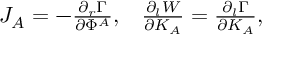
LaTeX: \begin{array} { l l } { { J _ { A } = - { \frac { \partial _ { r } \Gamma } { \partial \Phi ^ { A } } } , } } & { { { \frac { \partial _ { l } W } { \partial K _ { A } } } = { \frac { \partial _ { l } \Gamma } { \partial K _ { A } } } , } } \end{array}